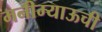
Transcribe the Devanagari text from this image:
मनीम्याऊची